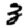
Digit: 3